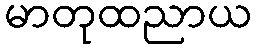
မာတုထညာယ